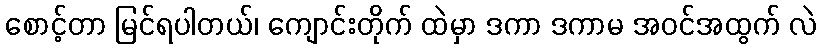
စောင့်တာ မြင်ရပါတယ်၊ ကျောင်းတိုက် ထဲမှာ ဒကာ ဒကာမ အဝင်အထွက် လဲ